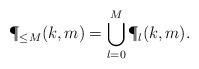
LaTeX: \begin{align*}\P_{\leq M} (k,m) = \bigcup_{l=0}^M \P_l(k,m).\end{align*}